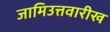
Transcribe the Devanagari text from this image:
जामिउत्तवारीख